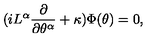
( i L ^ { \alpha } { \frac { \partial } { \partial \theta ^ { \alpha } } } + \kappa ) \Phi ( \theta ) = 0 ,